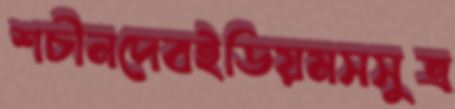
শচীনদেবইডিয়মসসুত্র